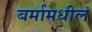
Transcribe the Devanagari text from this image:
बर्मामधील